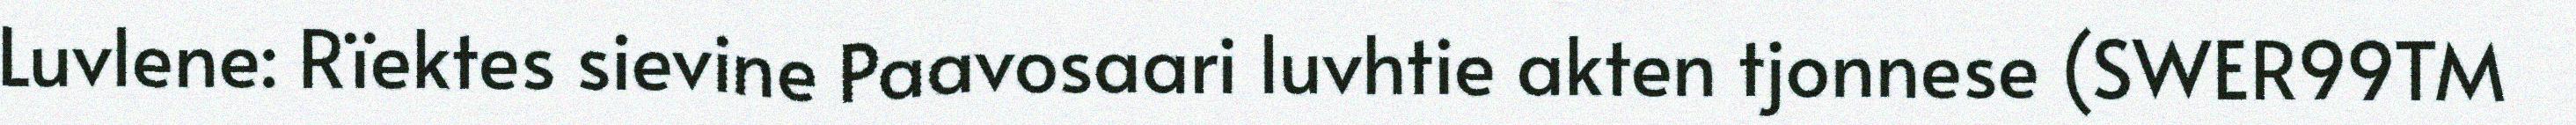
Luvlene: Rïektes sievine Paavosaari luvhtie akten tjonnese (SWER99TM